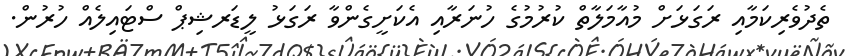
ތެދުވެރިކަމާއި ރަގަޅަށް މުއާމަލާތް ކުރުމުގެ ހުނަރާއި އެކަށީގެންވާ ރަގަޅު ލީޑަރޝިޕް ސްޓައިލެއް ހުރުން.